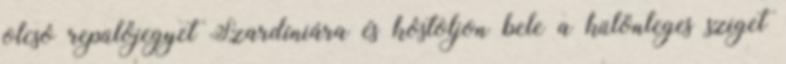
olcsó repülőjegyet Szardíniára és kóstoljon bele a különleges sziget